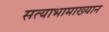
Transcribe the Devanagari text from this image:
सत्याभामाख्यान